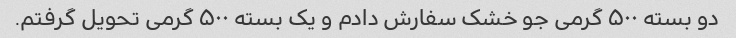
دو بسته ۵۰۰ گرمی جو خشک سفارش دادم و یک بسته ۵۰۰ گرمی تحویل گرفتم.